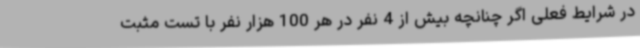
در شرایط فعلی اگر چنانچه بیش از 4 نفر در هر 100 هزار نفر با تست مثبت